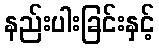
နည်းပါးခြင်းနှင့်